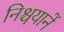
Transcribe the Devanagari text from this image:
निश्चयानें